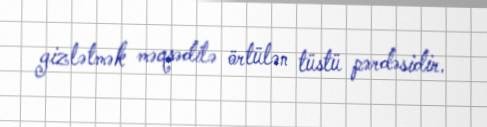
gizlətmək məqsədilə örtülən tüstü pərdəsidir.